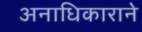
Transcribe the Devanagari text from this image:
अनाधिकाराने